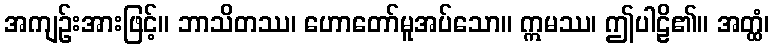
အကျဉ်းအားဖြင့်။ ဘာသိတဿ၊ ဟောတော်မူအပ်သော။ ဣမဿ၊ ဤပါဠိ၏။ အတ္ထံ၊